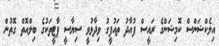
އިލެކްޝަންސް ކޮމިޝަންގެ ރައީސް ފުއާދު ތައުފީގު ވިދާޅުވީ ސިޔާސީ ޕާޓީތަކުގެ ބިލްއޮތް ގޮތުން